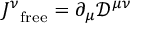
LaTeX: { J ^ { \nu } } _ { \mathrm { f r e e } } = \partial _ { \mu } { \mathcal { D } } ^ { \mu \nu }